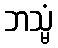
ဘသ္မံ